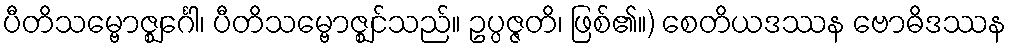
ပီတိသမ္ဗောဇ္ဈင်္ဂေါ၊ ပီတိသမ္ဗောဇ္ဈင်သည်။ ဥပ္ပဇ္ဇတိ၊ ဖြစ်၏။) စေတိယဒဿန ဗောဓိဒဿန